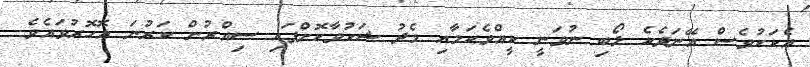
އެކަކުވެސް އޭނަދެކެ ލޯބި ނުވަނީ ކީއްވެކަމާއި މެދު ޝަކުވާކޮށްފައި ސިއްރުން ކަރުނަ އޮހޮރުވައެވެ.